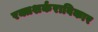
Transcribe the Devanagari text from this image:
रक्तशर्कराविकार